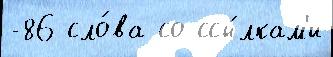
-86 сло́ва со ссы́лкам'и